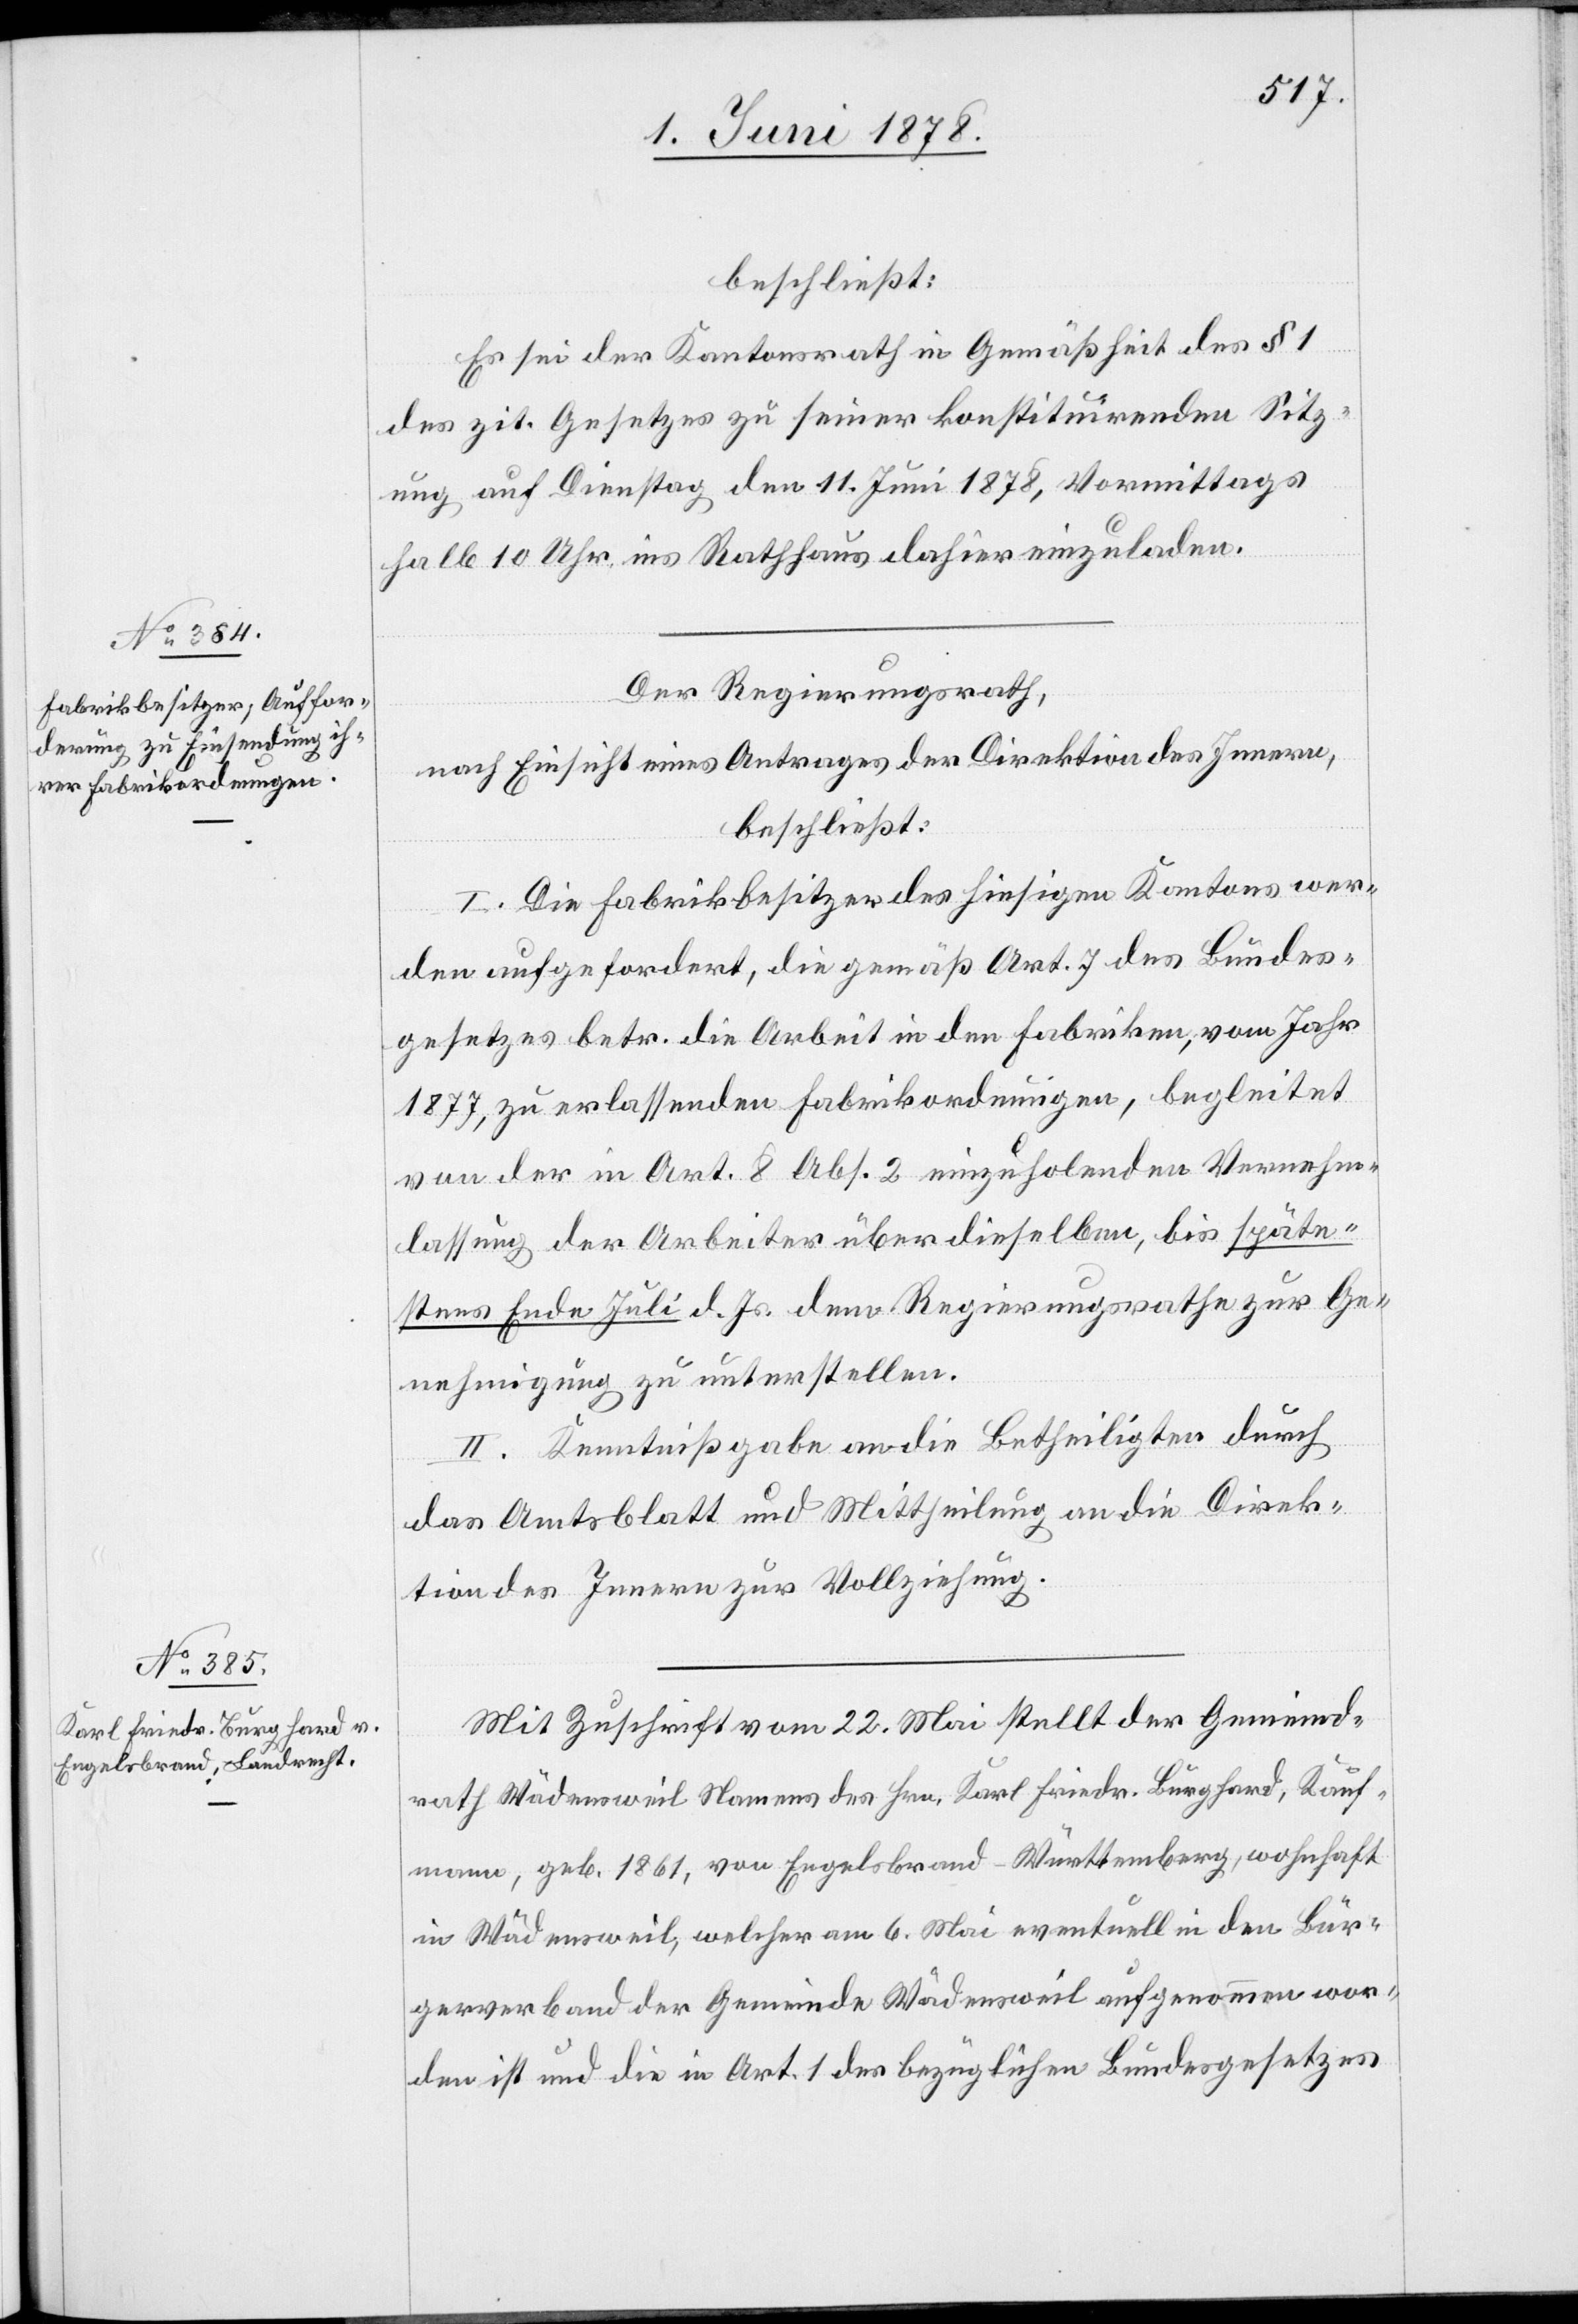
beschließt:
Es sei der Kantonsrath in Gemäßheit des § 1
des zit. Gesetzes zu seiner konstituirenden Sitz¬
ung auf Dienstag den 11. Juni 1878, Vormittags
halb 10 Uhr ins Rathhaus dahier einzuladen.
Der Regierungsrath,
nach Einsicht eines Antrages der Direktion des Innern,
beschließt:
I. Die Fabrikbesitzer des hiesigen Kantons wer¬
den aufgefordert, die gemäß Art. 7 des Bundes¬
gesetzes betr. die Arbeit in den Fabriken, vom Jahr
1877, zu erlassenden Fabrikordnungen, begleitet
von der in Art. 8 Abs. 2 einzuholenden Vernehm¬
lassung der Arbeiter über dieselben, bis späte¬
stens Ende Juli d. Js. dem Regierungsrathe zur Ge¬
nehmigung zu unterstellen.
II. Kenntnißgabe an die Betheiligten durch
das Amtsblatt und Mittheilung an die Direk¬
tion des Innern zur Vollziehung.
Mit Zuschrift vom 22. Mai stellt der Gemeind¬
rath Wädensweil Namens des Hrn. Karl Friedr. Burghard, Kauf¬
mann, geb. 1861, von Engelsbrand - Württemberg, wohnhaft
in Wädensweil, welcher am 6. Mai eventuell in den Bür¬
gerverband der Gemeinde Wädensweil aufgenommen wor¬
den ist und die in Art. 1 des bezüglichen Bundesgesetzes